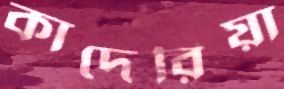
কাদেরিয়া